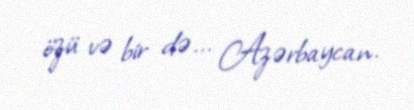
özü və bir də... Azərbaycan.